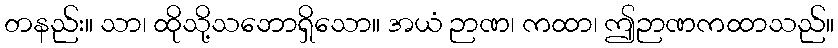
တနည်း။ သာ၊ ထိုသို့သဘောရှိသော။ အယံ ဉာဏ၊ ကထာ၊ ဤဉာဏကထာသည်။